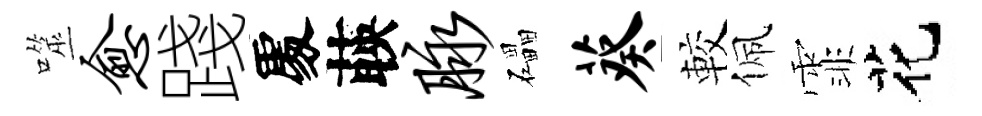
噬愈踐𠁅𦴤脉礧葵較佩霏花